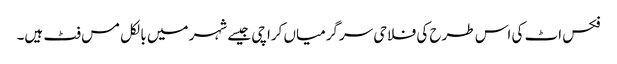
فکس اٹ کی اس طرح کی فلاحی سرگرمیاں کراچی جیسے شہر میں بالکل مس فٹ ہیں۔